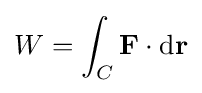
W=\int _{C}\mathbf {F} \cdot \mathrm {d} \mathbf {r}